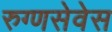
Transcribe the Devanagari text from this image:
रुग्णसेवेस